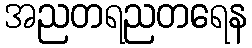
အညတရညတရေန